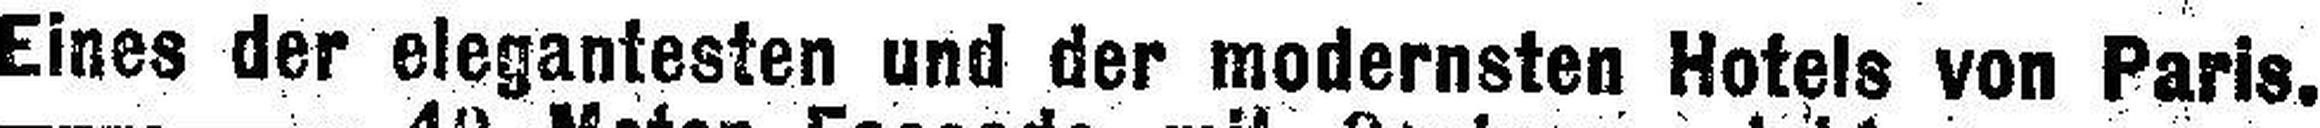
Eines der elegantesten und der modernsten Hotels von Paris.